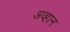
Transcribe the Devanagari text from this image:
अव्हान